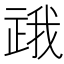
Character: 𬻪